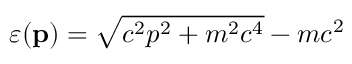
\varepsilon ( \mathbf { p } ) = \sqrt { c ^ { 2 } p ^ { 2 } + m ^ { 2 } c ^ { 4 } } - m c ^ { 2 }